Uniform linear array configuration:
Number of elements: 16
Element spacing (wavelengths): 1
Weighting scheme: binomial
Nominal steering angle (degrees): -60
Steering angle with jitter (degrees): -59.967
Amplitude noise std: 0.05
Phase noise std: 0.05

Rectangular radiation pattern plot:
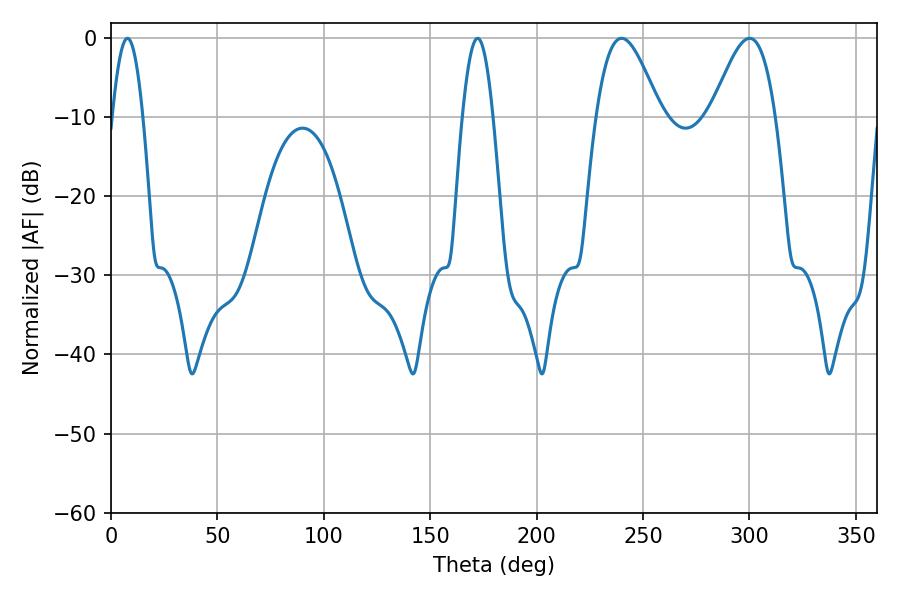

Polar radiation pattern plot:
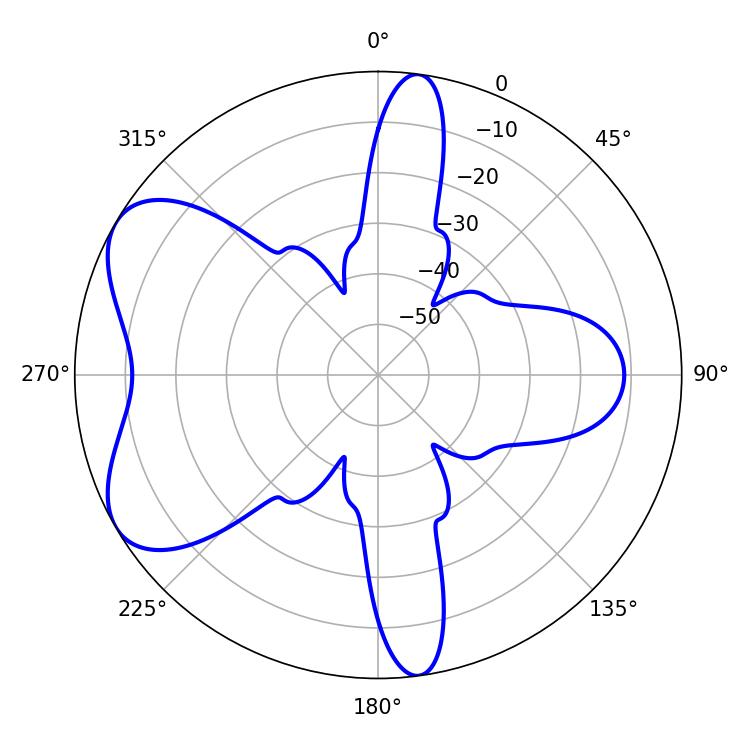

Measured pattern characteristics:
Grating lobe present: TRUE
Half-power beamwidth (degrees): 7.92
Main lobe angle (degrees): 7.74